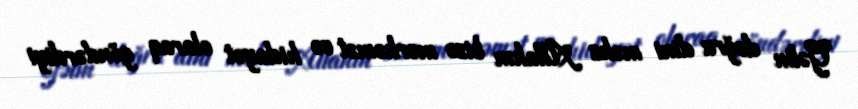
Gəlin doğru dini məhz Allahın bizə mərhəmət və hidayət olaraq göndərdiyi